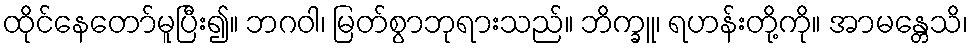
ထိုင်နေတော်မူပြီး၍။ ဘဂဝါ၊ မြတ်စွာဘုရားသည်။ ဘိက္ခူ၊ ရဟန်းတို့ကို။ အာမန္တေသိ၊